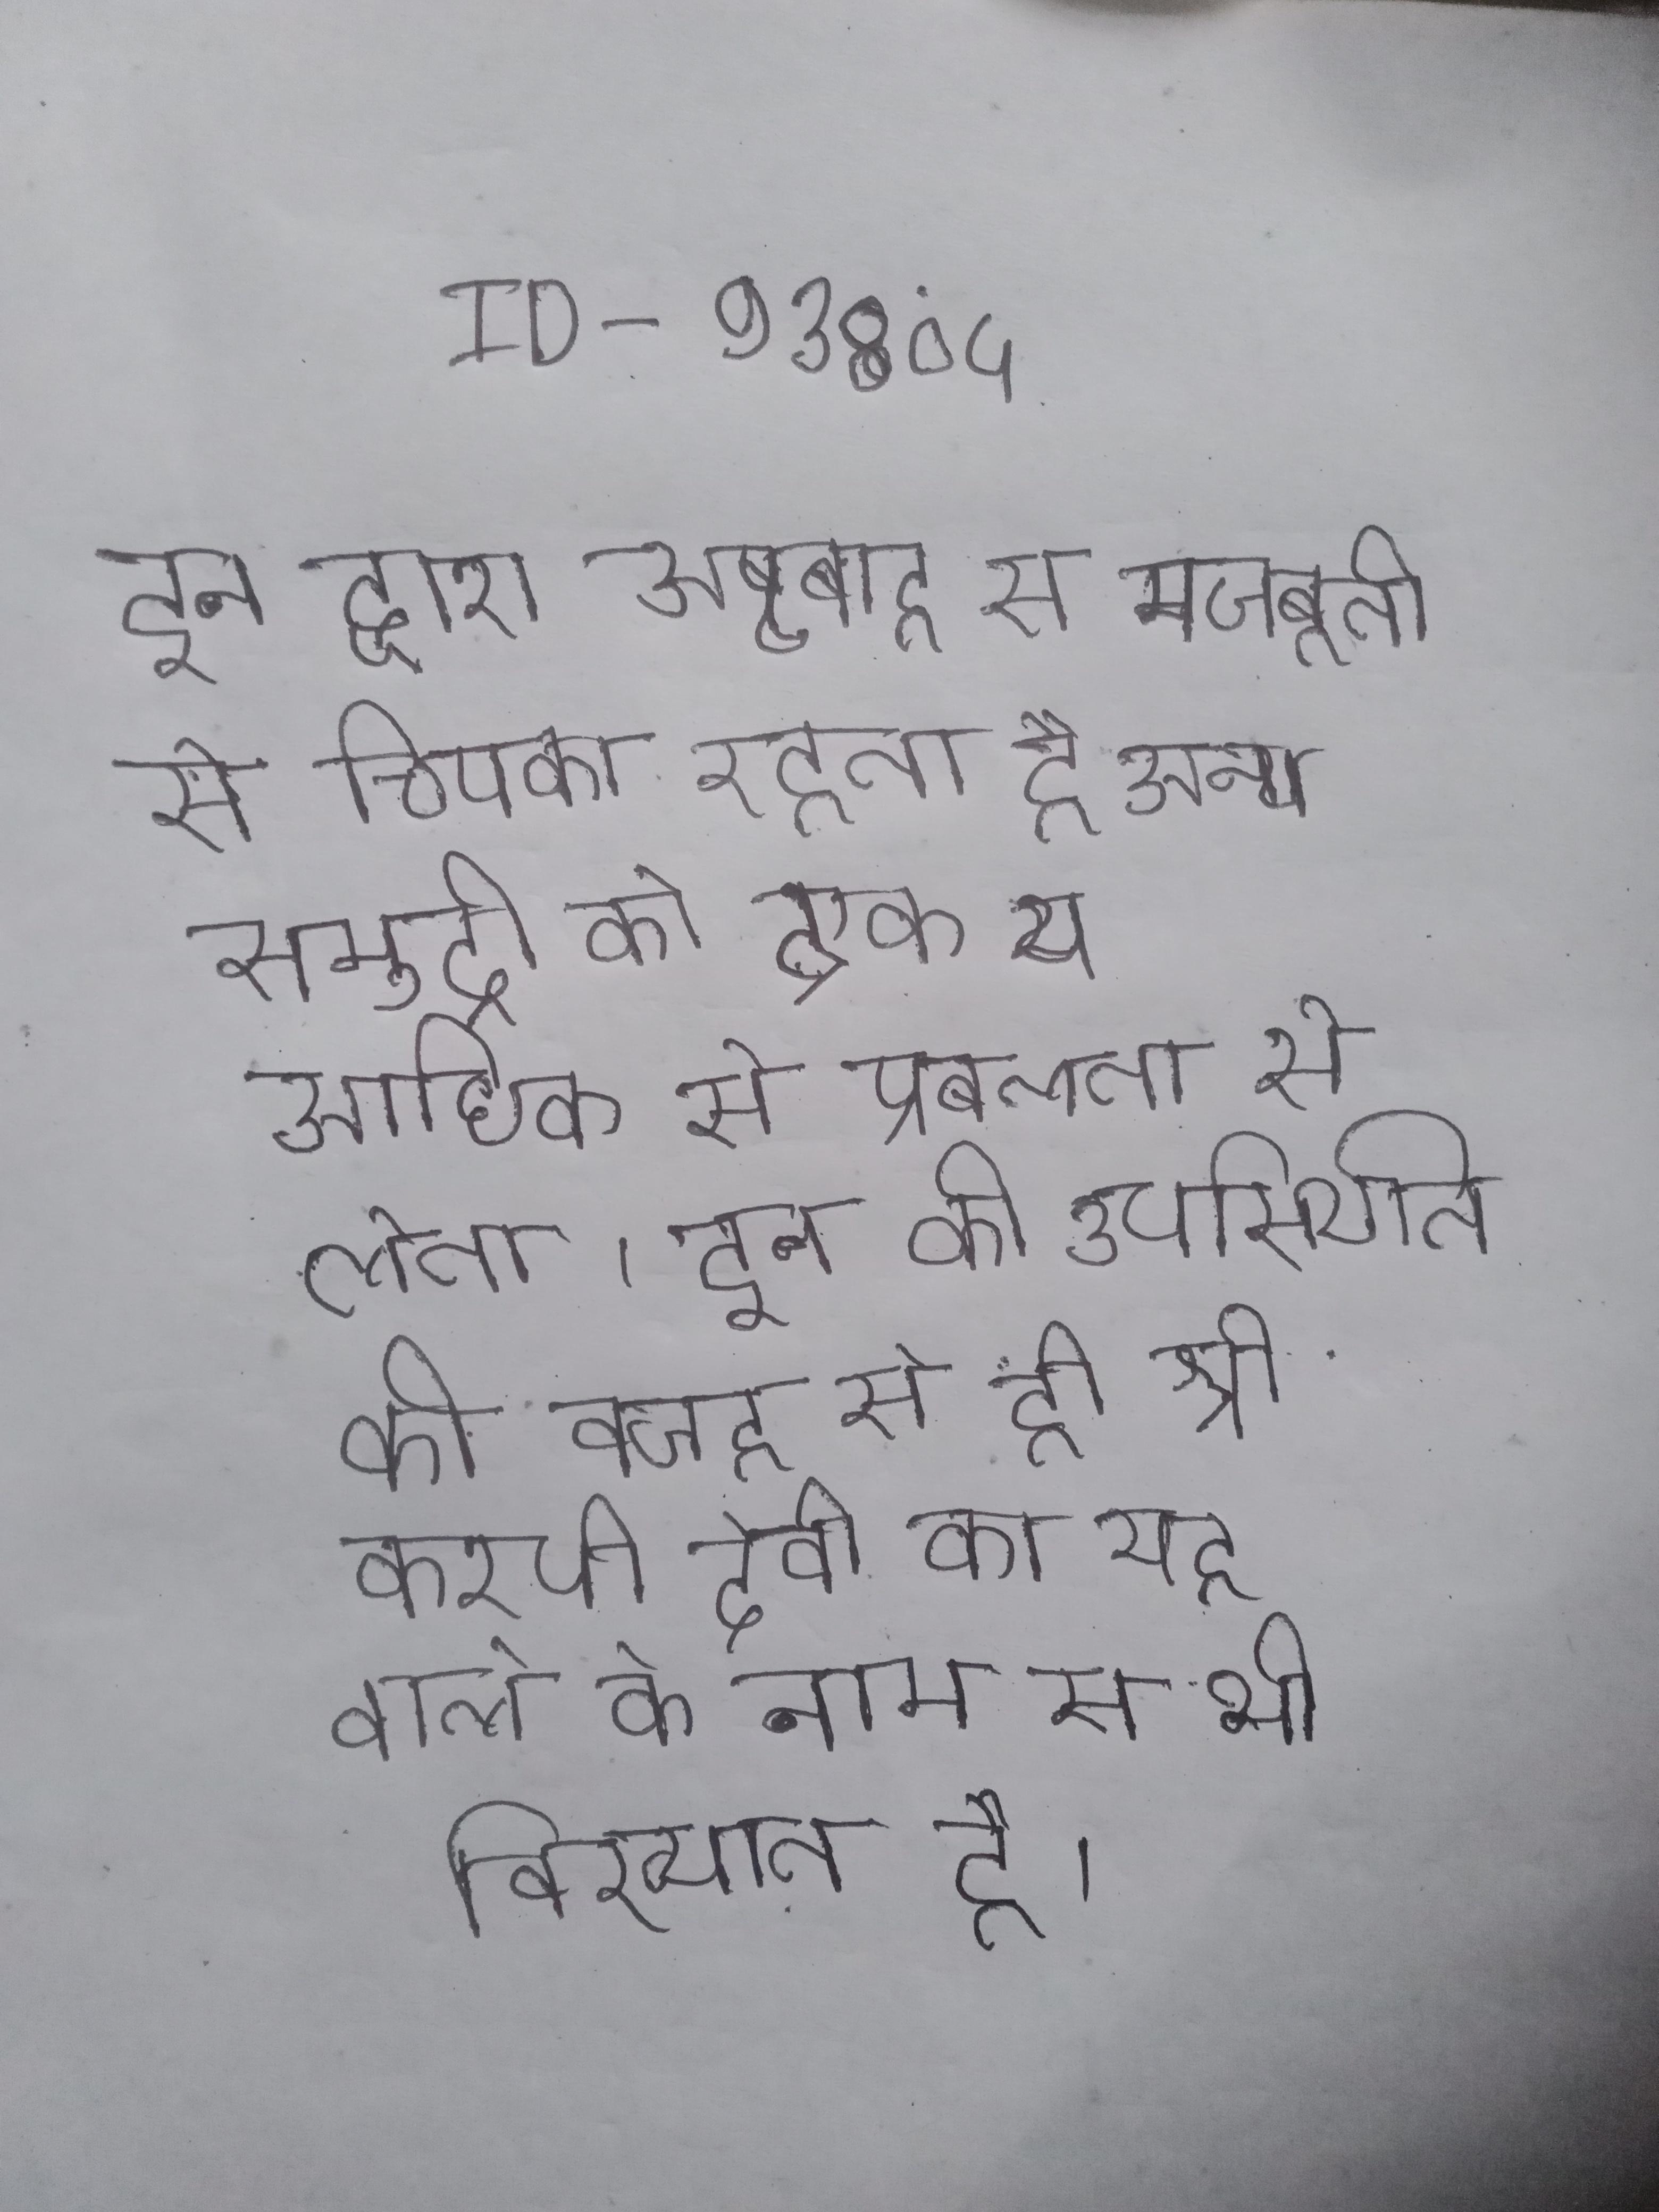
और सदी नए स्टॉक ने अपने दरवाजे खोले, स्टॉक भी शामिल था, जिसे १६९८ कॉफी शॉप खोला गया था । लोक सभा के की सूची राज्यश: इस लेख दी गयी है । शताब्दि उत्तराधिकार को लेकर दो अताहुल्पा और हूस्कर के बीच गृहयुद्ध गया और उसी समय के दशक पेरू के तट पर स्पेनिश विजयविदो को आगमन हुआ ।